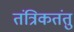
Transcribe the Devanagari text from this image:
तंत्रिकतंतु